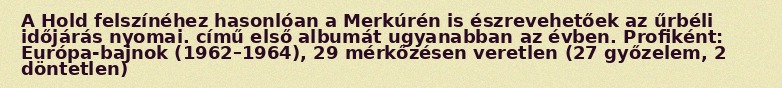
A Hold felszínéhez hasonlóan a Merkúrén is észrevehetőek az űrbéli időjárás nyomai. című első albumát ugyanabban az évben. Profiként: Európa-bajnok (1962–1964), 29 mérkőzésen veretlen (27 győzelem, 2 döntetlen)